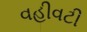
વહીવટી